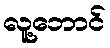
လူ့ဘောင်